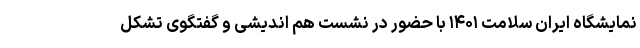
نمایشگاه ایران سلامت ۱۴۰۱ با حضور در نشست هم اندیشی و گفتگوی تشکل